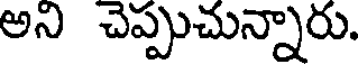
అని చెప్పుచున్నారు.